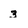
Character: 3